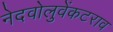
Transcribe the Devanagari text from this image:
नेदवोलुवेंकटराव